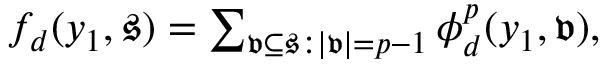
\begin{array} { r } { f _ { d } ( y _ { 1 } , \mathfrak { s } ) = \sum _ { \mathfrak { v } \subseteq \mathfrak { s } : | \mathfrak { v } | = p - 1 } \phi _ { d } ^ { p } ( y _ { 1 } , \mathfrak { v } ) , } \end{array}